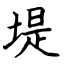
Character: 堤